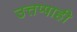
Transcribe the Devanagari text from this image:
उत्तप्पाही